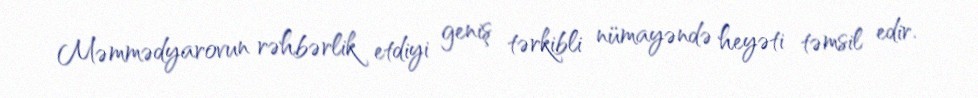
Məmmədyarovun rəhbərlik etdiyi geniş tərkibli nümayəndə heyəti təmsil edir.